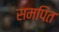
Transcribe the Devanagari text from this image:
समपित